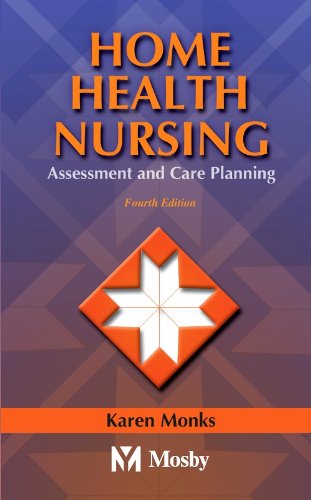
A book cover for Home Health Nursing: Assessment and Care Planning; Karen E. Monks MSN  RN; Medical Books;